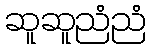
ဆူဆူညံညံ